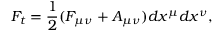
F _ { t } = \frac { 1 } { 2 } ( F _ { \mu \nu } + { \cal A } _ { \mu \nu } ) d x ^ { \mu } d x ^ { \nu } ,